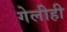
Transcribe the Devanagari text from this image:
गेलीही